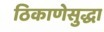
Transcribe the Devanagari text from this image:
ठिकाणेसुद्धा